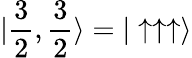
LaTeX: |\frac{3}{2},\frac{3}{2}\rangle=|\uparrow\uparrow\uparrow\rangle